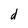
Character: d